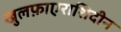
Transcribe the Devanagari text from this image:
खुलफ़ाएराशिदीन